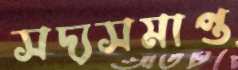
সদ্যসমাপ্ত